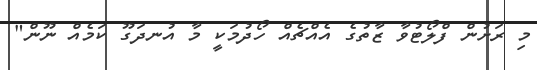
މި ރަށުން ފްލޯޓުވާ ޒާތުގެ އެއްޗެއް ހޯދުމަކީ މާ އުނދަގޫ ކަމެއް ނޫން"